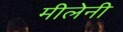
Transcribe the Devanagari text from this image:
मीलेनी